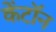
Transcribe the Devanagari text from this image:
केंटॉन